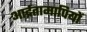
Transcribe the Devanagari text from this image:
आर्द्रतामापियों